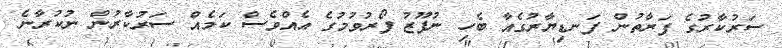
ސަރުކާރުގެ ފަރާތުން ފަނޑިޔާރުގެއާ ބެހި ނުފޫޒު ފޯރުވުމުގެ އެއްވެސް ކަމެއް ސަރުކާރުން ނުކުރާނެ